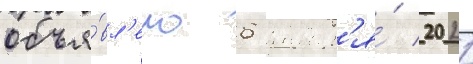
объя́вл'ено 6 январ'я́ 2021